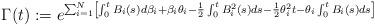
LaTeX: \begin{align*}\Gamma(t):=e^{\sum_{i=1}^N\left[\int_0^tB_i(s)d\beta_i+\beta_i\theta_i-\frac{1}{2}\int_0^tB_i^2(s)ds-\frac{1}{2}\theta_i^2t-\theta_i\int_0^tB_i(s)ds\right]}\end{align*}